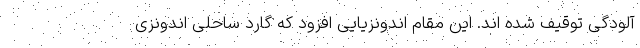
آلودگی توقیف شده اند. این مقام اندونزیایی افزود که گارد ساحلی اندونزی